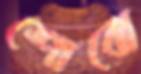
শোবো